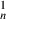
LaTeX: \mathbf { \Pi } _ { n } ^ { 1 }